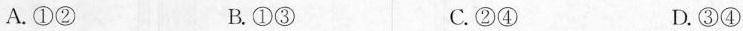
A.①② B.①③ C.②④ D.③④